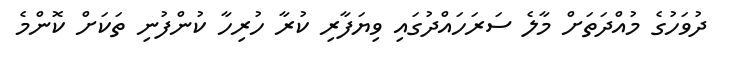
ދުވަހުގެ މުއްދަތަށް މާލެ ސަރަހައްދުގައި ވިޔަފާރި ކުރާ ހުރިހާ ކުންފުނި ތަކަށް ކޮންމެ